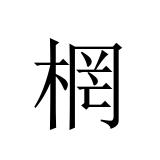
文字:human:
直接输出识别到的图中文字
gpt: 棢